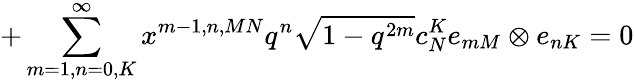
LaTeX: +\sum_{m=1,n=0,K}^{\infty}x^{m-1,n,MN}q^{n}\sqrt{1-q^{2m}}c_{N}^{K}e_{mM}\otimes e_{nK}=0